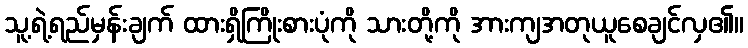
သူ့ရဲ့ရည်မှန်းချက် ထားရှိကြိုးစားပုံကို သားတို့ကို အားကျအတုယူစေချင်လှ၏။